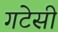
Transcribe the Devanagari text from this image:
गटेसी